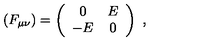
( F _ { \mu \nu } ) = \left( \begin{array} { c c } { 0 } & { E } \\ { - E } & { 0 } \\ \end{array} \right) \ ,